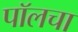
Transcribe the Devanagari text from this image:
पॉलचा